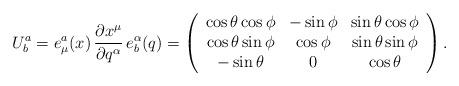
LaTeX: \begin{align*} U^a_b = e^a_\mu (x) \, \frac{\partial x^\mu}{\partial q^\alpha}\, e^\alpha_b (q) = \left(\begin{array}{ccc} \cos \theta \cos \phi & - \sin \phi & \sin \theta \cos \phi \\ \cos \theta \sin \phi & \cos \phi & \sin \theta \sin \phi \\ - \sin \theta & 0 & \cos \theta\end{array} \right).\end{align*}